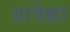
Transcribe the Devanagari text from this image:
ग्रावेल्ला